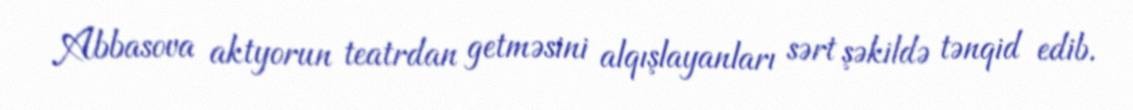
Abbasova aktyorun teatrdan getməsini alqışlayanları sərt şəkildə tənqid edib.